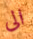
الى